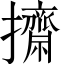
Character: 𢹓